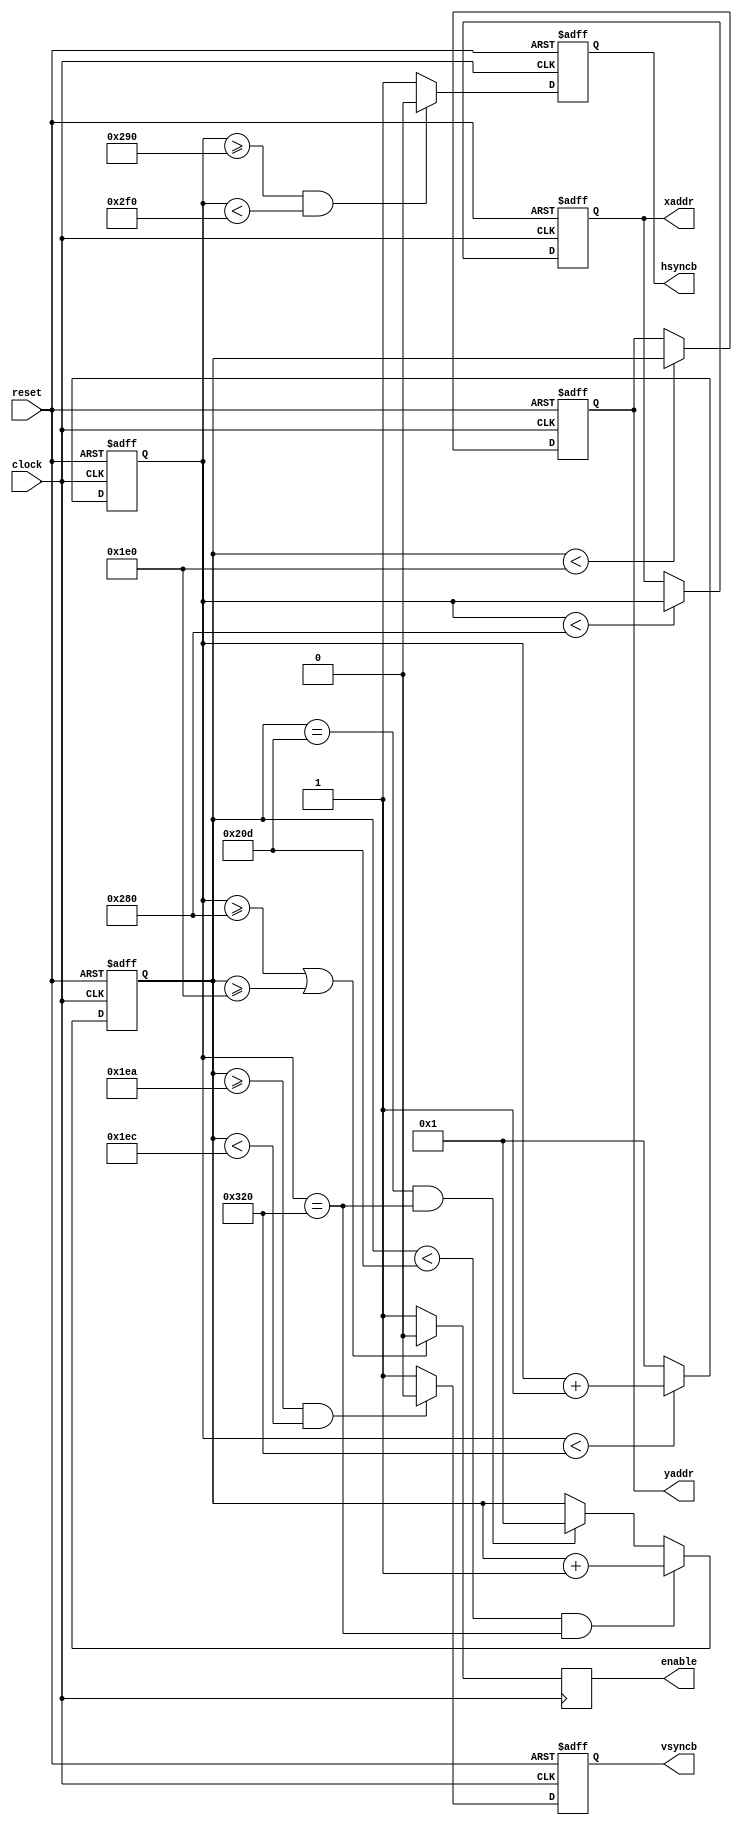
module vga_sig(clock, reset, hsyncb, vsyncb, enable, xaddr, yaddr);
   input        clock;
   input        reset;
   output       hsyncb;
   reg          hsyncb;
   output       vsyncb;
   reg          vsyncb;
   output       enable;
   reg          enable;
   output [9:0] xaddr;
   reg [9:0]    xaddr;
   output [9:0] yaddr;
   reg [9:0]    yaddr;
   
   reg [9:0]    hcnt;
   reg [9:0]    vcnt;
   parameter    h_pixels = 640;
   parameter    h_front = 16;
   parameter    h_back = 48;
   parameter    h_synctime = 96;
   parameter    h_period = h_synctime + h_pixels + h_front + h_back;
   parameter    v_lines = 480;
   parameter    v_front = 10;
   parameter    v_back = 33;
   parameter    v_synctime = 2;
   parameter    v_period = v_synctime + v_lines + v_front + v_back;
   
   always @(posedge clock or posedge reset)
   begin: a
      if (reset == 1'b1)
         hcnt <= 10'b0000000001;
      else 
      begin
         if (hcnt < h_period)
            hcnt <= hcnt + 1;
         else
            hcnt <= 10'b0000000001;
      end
   end
   
   always @(posedge clock or posedge reset)
   begin: b
      if (reset == 1'b1)
         vcnt <= 10'b0000000001;
      else 
      begin
         if (vcnt < v_period & hcnt == h_period)
            vcnt <= vcnt + 1;
         else if (vcnt == v_period & hcnt == h_period)
            vcnt <= 10'b0000000001;
      end
   end
   
   always @(posedge clock or posedge reset)
   begin: c
      if (reset == 1'b1)
         hsyncb <= 1'b1;
      else 
      begin
         if ((hcnt >= h_pixels + h_front) & (hcnt < h_pixels + h_synctime + h_front))
            hsyncb <= 1'b0;
         else
            hsyncb <= 1'b1;
      end
   end
   
   always @(posedge clock or posedge reset)
   begin: d
      if (reset == 1'b1)
         vsyncb <= 1'b1;
      else 
      begin
         if ((vcnt >= v_lines + v_front) & (vcnt < v_lines + v_synctime + v_front))
            vsyncb <= 1'b0;
         else
            vsyncb <= 1'b1;
      end
   end
   
   always @(posedge clock)
   begin: e
      
      begin
         if (hcnt >= h_pixels | vcnt >= v_lines)
            enable <= 1'b0;
         else
            enable <= 1'b1;
      end
   end
   
   always @(posedge clock or posedge reset)
   begin: f
      if (reset == 1'b1)
      begin
         xaddr <= 10'b0000000001;
         yaddr <= 10'b0000000001;
      end
      else 
      begin
         if (hcnt < h_pixels)
            xaddr <= hcnt;
         if (vcnt < v_lines)
            yaddr <= vcnt;
      end
   end
   
endmodule